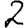
Digit: 2